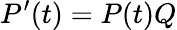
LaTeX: P^{\prime}(t)=P(t)Q